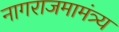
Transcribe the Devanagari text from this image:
नागराजमामंत्र्य